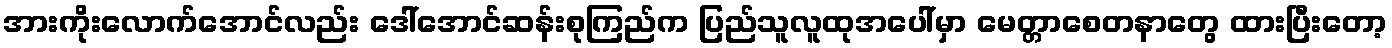
အားကိုးလောက်အောင်လည်း ဒေါ်အောင်ဆန်းစုကြည်က ပြည်သူလူထုအပေါ်မှာ မေတ္တာစေတနာတွေ ထားပြီးတော့